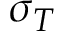
\sigma _ { T }